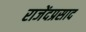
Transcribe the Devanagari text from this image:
राजेंदप्रसाद